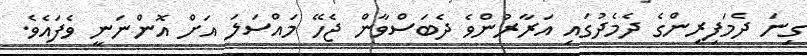
ގިނަ ދެމަފިރިންގެ ދެމެދުގައި އަރާރުންވެ ދެބަސްވާން ޖެހޭ މައްސަލަ އަށް އޮންނަނީ ވެފައެވެ.